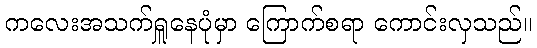
ကလေးအသက်ရှူနေပုံမှာ ကြောက်စရာ ကောင်းလှသည်။